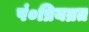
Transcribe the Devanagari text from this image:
पं०प्रियव्रत